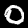
Digit: 0